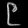
Digit: ၉